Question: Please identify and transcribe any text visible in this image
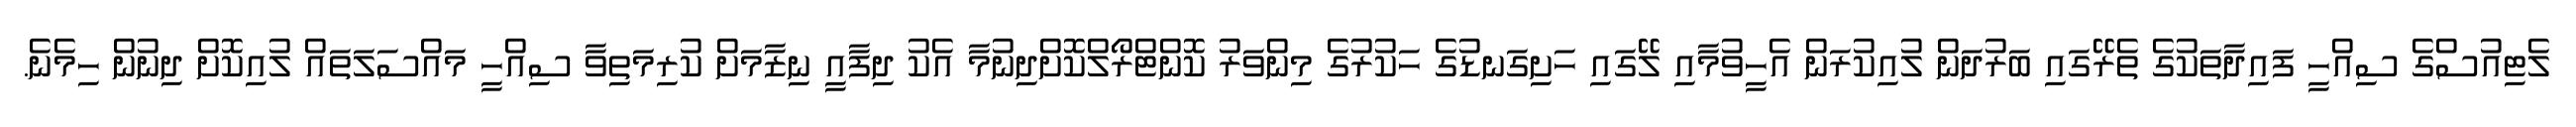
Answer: ލެޓިއުސްގެ ސިއްހީ ފައިދާތަކުގެ ތެރޭގައި ބަރުދަން ލުއިކުރަން އެހީވުމާއި ލޭގައި ހަށިގަނޑުގެ ހަކުރުގެ މިންވަރު ކޮންޓްރޯލްކޮށްދިނުމާ އެކު ދިފާއީ ނިޒާމަށް ކުރިމަތިވާ ސިއްހީ މައްސަލަތައް ލުއިކޮށް ދިނުން ހިމެނެ.